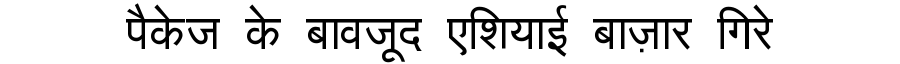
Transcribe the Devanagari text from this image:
पैकेज के बावजूद एशियाई बाज़ार गिरे